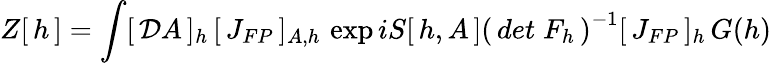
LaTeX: Z[\, h\, ]=\int[\, {\cal D}A\, ]_{h}\, [\, J_{FP}\, ]_{A,h}\, \exp iS[\, h,A\, ]\left(\, det\; F_{h}\, \right)^{-1}[\, J_{FP}\, ]_{h}\, G(h)\,